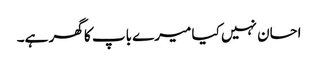
احسان نہیں کیا میرے باپ کا گھر ہے۔